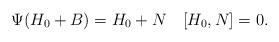
LaTeX: \begin{align*}\Psi(H_0+B)=H_0+N \quad [H_0,N]=0.\end{align*}